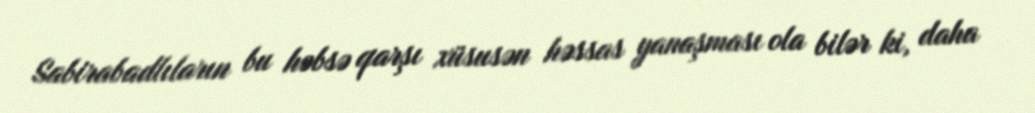
Sabirabadlıların bu həbsə qarşı xüsusən həssas yanaşması ola bilər ki, daha